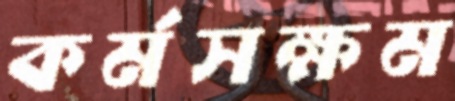
কর্মসক্ষম